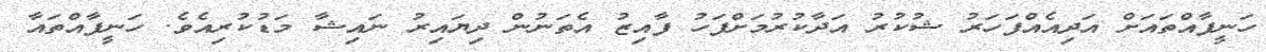
ހަނީފާއްތައަށް އަދިއެއްފަހަރު ޝުކުރު އަދާކުރުމަށްފަހު ފާއިޒު އެތަނުން ދިޔައިރު ނައިޝާ މަޑުކުރިއެވެ. ހަނީފާއްތައާ